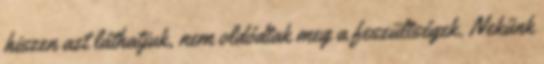
hiszen azt láthatjuk, nem oldódtak meg a feszültségek. Nekünk